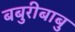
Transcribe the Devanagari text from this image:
बबुरीबाबु